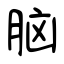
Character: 脑